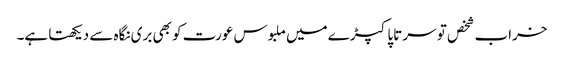
خراب شخص تو سر تاپا کپڑے میں ملبوس عورت کو بھی بری نگاہ سے دیکھتا ہے۔